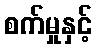
စက်မှုနှင့်